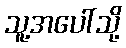
သူ့အပေါ်သို့